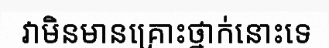
វាមិនមានគ្រោះថ្នាក់នោះទេ